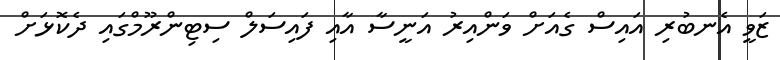
ޒަވީ އެނބުރި އައިސް ގެއަށް ވަންއިރު އަނީސާ އާއި ފައިސަލް ސިޓިންރޫމްގައި ދެކޮޅަށް